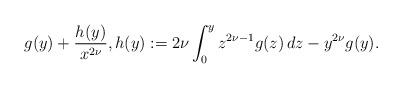
LaTeX: \begin{align*} g(y)+\frac{h(y)}{x^{2\nu }}, h(y):=2\nu \int _{0}^{y}z^{2\nu -1}g(z)\,dz-y^{2\nu }g(y). \end{align*}